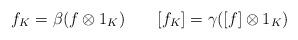
LaTeX: \begin{align*} f_K=\beta(f\otimes 1_K)\qquad[f_K]=\gamma([f]\otimes 1_K) \end{align*}